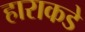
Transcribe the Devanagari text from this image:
हाराकडे